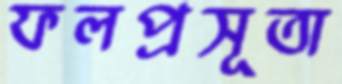
ফলপ্রসূতা